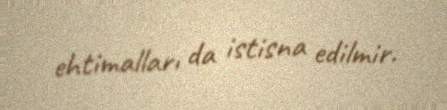
ehtimalları da istisna edilmir.